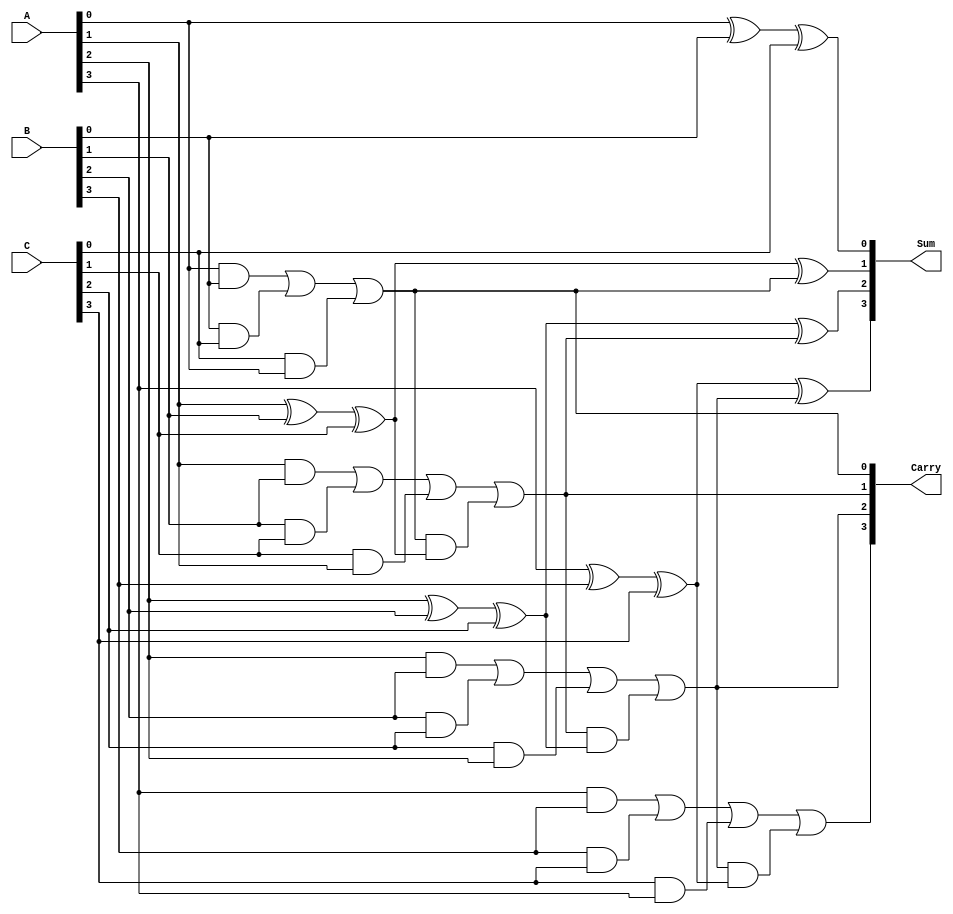
module CarrySaveAdder #(parameter n = 4) (
    input [n-1:0] A,    // First operand
    input [n-1:0] B,    // Second operand
    input [n-1:0] C,    // Third operand
    output [n-1:0] Sum, // Sum output
    output [n-1:0] Carry // Carry output
);

    // Internal wires to hold intermediate sums and carries
    wire [n-1:0] sum_temp; // Temporary sum output from full adders
    wire [n-1:0] carry_temp; // Temporary carry output from full adders

    // Generate full adders for each bit
    genvar i;
    generate
        for (i = 0; i < n; i = i + 1) begin : full_adder
            if (i == 0) begin
                // For the least significant bit, there is no carry_in
                assign sum_temp[i] = A[i] ^ B[i] ^ C[i];
                assign carry_temp[i] = (A[i] & B[i]) | (B[i] & C[i]) | (C[i] & A[i]);
            end else begin
                // For other bits, use carry from the previous stage
                assign sum_temp[i] = A[i] ^ B[i] ^ C[i] ^ carry_temp[i-1];
                assign carry_temp[i] = (A[i] & B[i]) | (B[i] & C[i]) | (C[i] & A[i]) | (carry_temp[i-1] & (A[i] ^ B[i] ^ C[i]));
            end
        end
    endgenerate

    // Assign final outputs
    assign Sum = sum_temp;
    assign Carry = carry_temp;

endmodule